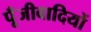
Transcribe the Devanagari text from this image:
पूँजीवादियों